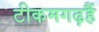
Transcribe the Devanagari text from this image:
टीकमगढ़हैं